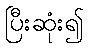
ပြီးဆုံး၍